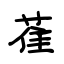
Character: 萑